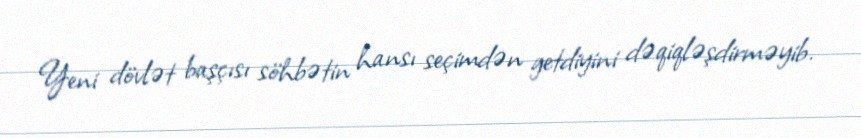
Yeni dövlət başçısı söhbətin hansı seçimdən getdiyini dəqiqləşdirməyib.